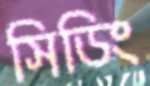
সিডিং